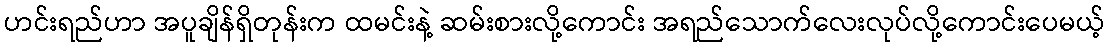
ဟင်းရည်ဟာ အပူချိန်ရှိတုန်းက ထမင်းနဲ့ ဆမ်းစားလို့ကောင်း အရည်သောက်လေးလုပ်လို့ကောင်းပေမယ့်